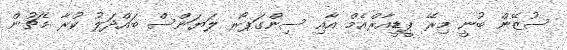
ސުޒޭން ބުނީ މިރޭ ޕީޑީއާރްއެމް އާއި ސިންގަޕޯރ ލަޔަންސް ބައްދަލު ކުރާ މެޗުން